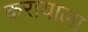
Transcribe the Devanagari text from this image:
करायाला